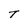
Character: T